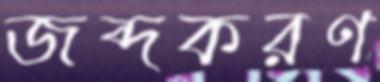
জব্দকরণ